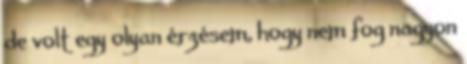
de volt egy olyan érzésem, hogy nem fog nagyon